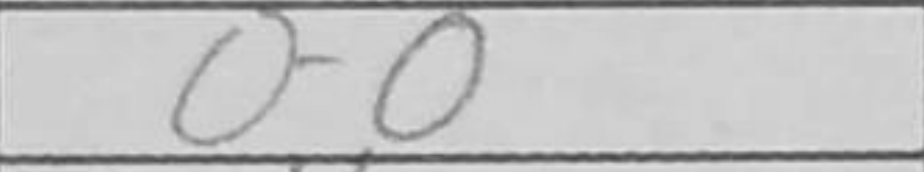
Transcription: O-O